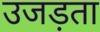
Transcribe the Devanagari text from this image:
उजड़ता